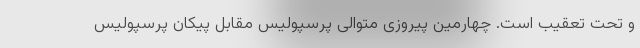
و تحت تعقیب است. چهارمین پیروزی متوالی پرسپولیس مقابل پیکان پرسپولیس